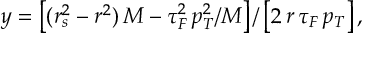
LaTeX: y = \left[ ( r _ { s } ^ { 2 } - r ^ { 2 } ) \, M - \tau _ { F } ^ { 2 } \, p _ { T } ^ { 2 } / M \right] / \left[ 2 \, r \, \tau _ { F } \, p _ { T } \right] ,